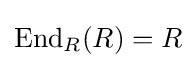
\operatorname {End} _{R}(R)=R